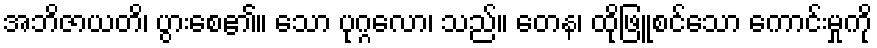
အဘိဇာယတိ၊ ပွားစေ၏။ သော ပုဂ္ဂလော၊ သည်။ တေန၊ ထိုဖြူစင်သော ကောင်းမှုကို